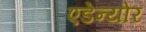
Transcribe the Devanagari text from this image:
एडेन्योर